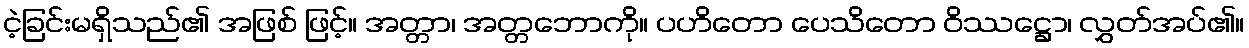
ငဲ့ခြင်းမရှိသည်၏ အဖြစ် ဖြင့်။ အတ္တာ၊ အတ္တဘောကို။ ပဟိတော ပေသိတော ဝိဿဋ္ဌော၊ လွှတ်အပ်၏။